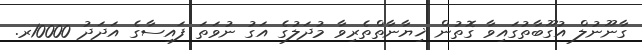
ގާނޫނުލް އުގޫބާތުގައިވާ ގޮތުން ޚިޔާނާތްތެރިވާ މުދަލުގެ އަގު ނުވަތަ ފައިސާގެ އަދަދު 10000ރ.